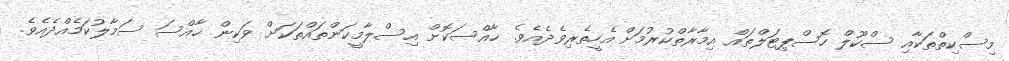
މިސްކިތްތަކާއި ސްކޫލް ހޮސްޕިޓަލްތައް އިމާރާތްކުރުމަށް އެހީތެރިވެދެއެވެ. ޚާއްސަކޮށް އިސްލާމީކަންތައްތަކަށް ވަކިން ޚާއްސަ ސަމާލުކަމެއްދެއެވެ.